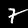
Digit: 7